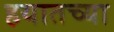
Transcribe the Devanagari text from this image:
हयातच्या